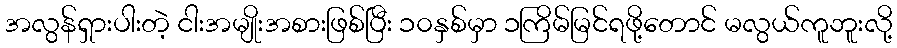
အလွန်ရှားပါးတဲ့ ငါးအမျိုးအစားဖြစ်ပြီး ၁၀နှစ်မှာ ၁ကြိမ်မြင်ရဖို့တောင် မလွယ်ကူဘူးလို့